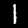
Label: 1